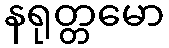
နရုတ္တမော